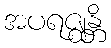
အပရဇ္ဈန္တိ